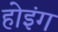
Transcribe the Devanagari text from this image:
होइंग